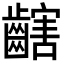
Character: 𪙏